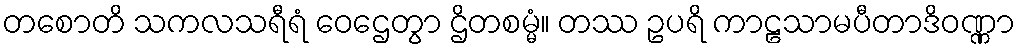
တစောတိ သကလသရီရံ ဝေဌေတွာ ဌိတစမ္မံ။ တဿ ဥပရိ ကာဠသာမပီတာဒိဝဏ္ဏာ